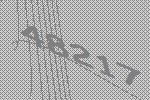
48217